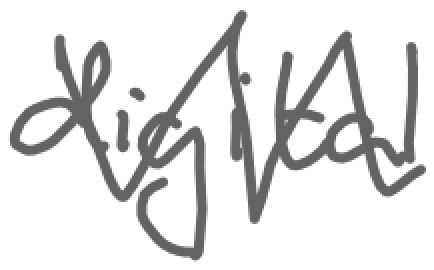
Text: digital
Cross-out: zig-zag
Writing tool: digital_gray